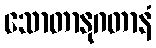
သောတာနုဂတာနံ